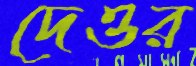
দেওর